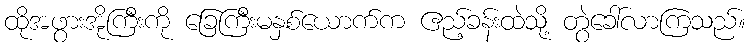
ထိုအဖွားအိုကြီးကို ခြေကြီးမနှစ်ယောက်က ဧည့်ခန်းထဲသို့ တွဲခေါ်လာကြသည်။